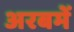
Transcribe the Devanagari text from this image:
अरबमें